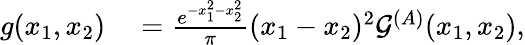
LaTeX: \begin{array}{rl}{g(x_{1},x_{2})}&{{}=\frac{e^{-x_{1}^{2}-x_{2}^{2}}}{\pi}(x_{1}-x_{2})^{2}\mathcal{G}^{(A)}(x_{1},x_{2}),}\end{array}